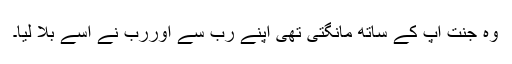
وہ جنت آپ کے ساتھ مانگتی تھی اپنے رب سے اوررب نے اسے بلا لیا۔